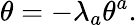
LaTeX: \theta=-\lambda_{a}\theta^{a}.